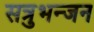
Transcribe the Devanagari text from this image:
सत्रुभन्जन